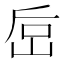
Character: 𰎚